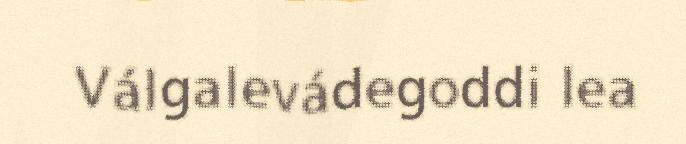
Válgalevádegoddi lea